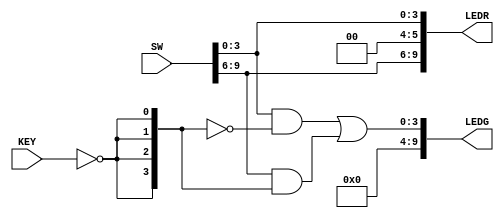
// The lab provided asks for a byte-wide 2x1 MUX.
// Since we do not have 16 switches available, we will make a nibble wide 2x1 MUX.
module code(LEDG, LEDR, SW, KEY);
	output [9:0] LEDG;
	output [9:0] LEDR;
	input  [9:0] SW;
	input  [3:3] KEY;
	
	// Remember, KEYs are originally High.
	wire [3:0] extendedS = {4{~KEY}};
	// Seperate mux output for understanding reasons only.
	wire [3:0] mux = (SW[3:0] & ~extendedS) | (SW[9:6] & extendedS);
	
	assign LEDR = {SW[9:6], 2'b0,SW[3:0]};
	assign LEDG = mux;
endmodule